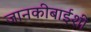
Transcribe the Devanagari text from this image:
जानकीबाईशी